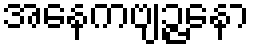
အနေကဗျဉ္ဇနော